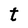
Character: t